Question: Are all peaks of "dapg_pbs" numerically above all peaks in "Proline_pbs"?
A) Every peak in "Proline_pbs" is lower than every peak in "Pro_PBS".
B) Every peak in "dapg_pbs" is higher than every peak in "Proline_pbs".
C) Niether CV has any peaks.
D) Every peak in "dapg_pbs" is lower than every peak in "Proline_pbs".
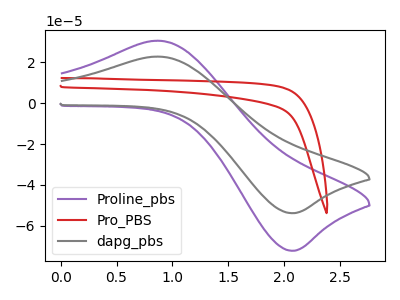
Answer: <think>The purple curve "Proline_pbs" has an anodic peak at (0.85V, 30.50uA) and a cathodic peak at (2.10V, -72.15uA). The red curve "Pro_PBS" has no peaks. The gray curve "dapg_pbs" has an anodic peak at (0.85V, 22.75uA) and a cathodic peak at (2.10V, -53.80uA).</think>
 <answer>D) Every peak in "dapg_pbs" is lower than every peak in "Proline_pbs".</answer>
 <eval>D</eval>